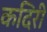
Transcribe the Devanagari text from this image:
कदिरी